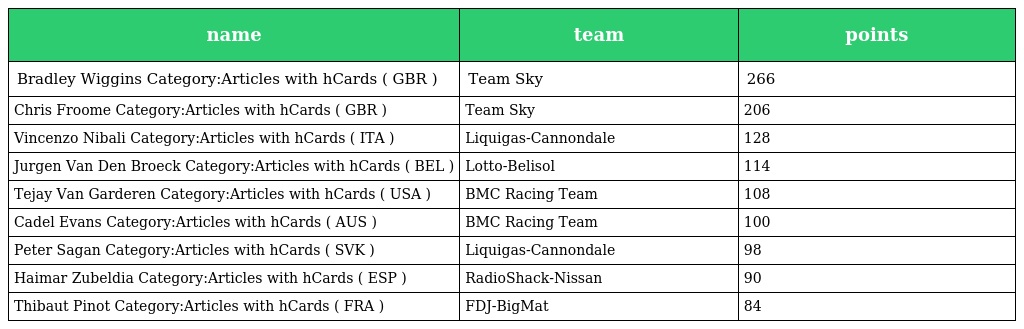
| name | team | points |
 | --- | --- | --- |
 | Bradley Wiggins Category:Articles with hCards ( GBR ) | Team Sky | 266 |
 | Chris Froome Category:Articles with hCards ( GBR ) | Team Sky | 206 |
 | Vincenzo Nibali Category:Articles with hCards ( ITA ) | Liquigas-Cannondale | 128 |
 | Jurgen Van Den Broeck Category:Articles with hCards ( BEL ) | Lotto-Belisol | 114 |
 | Tejay Van Garderen Category:Articles with hCards ( USA ) | BMC Racing Team | 108 |
 | Cadel Evans Category:Articles with hCards ( AUS ) | BMC Racing Team | 100 |
 | Peter Sagan Category:Articles with hCards ( SVK ) | Liquigas-Cannondale | 98 |
 | Haimar Zubeldia Category:Articles with hCards ( ESP ) | RadioShack-Nissan | 90 |
 | Thibaut Pinot Category:Articles with hCards ( FRA ) | FDJ-BigMat | 84 |